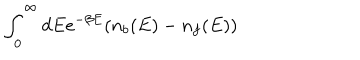
LaTeX: \int _ { 0 } ^ { \infty } d E { e ^ { - \beta E } ( n _ { b } ( E ) - n _ { f } ( E ) ) }